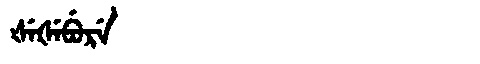
Manchu: ᡧᡝᡧᡝᠪᡠᡵᡝ
Romanization: ŠEŠEBURE